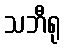
သဘီရု